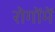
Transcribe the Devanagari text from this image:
रोगोंमें